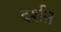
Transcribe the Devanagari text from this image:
दर्शऩ